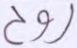
روح